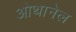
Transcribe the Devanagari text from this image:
ओथानेल